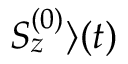
{ S _ { z } ^ { ( 0 ) } \rangle ( t ) }